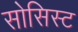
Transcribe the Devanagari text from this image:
सोसिस्ट